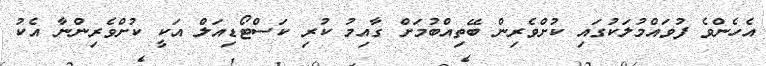
އެހެންވެ ފުވައްމުލަކުގައި ކުށްވެރިން ބޭތިއްބުމަށް ގާއިމު ކުރި ކަސްޓޯޑިއަލް އަކީ ކުށްވެރިންނާ އެކު